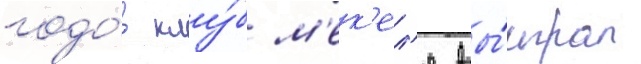
годо́в клу́б м'ек'ел'я вы́играл